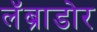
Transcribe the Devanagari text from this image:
लॅब्राडोर